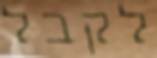
לקבל